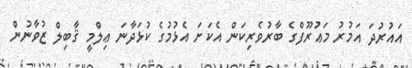
އައުރުދަ އަމުރު މަޢުރޫފްގެ ބާރުވެރިކަން އެކަށަ އެޅުމުގެ ކުޅަދާނަ ޢިލްމީ ޤާބިލް ޒުވާނުން